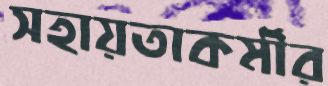
সহায়তাকর্মীর